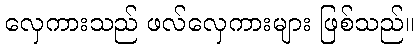
လှေကားသည် ဖလ်လှေကားများ ဖြစ်သည်။